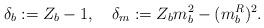
LaTeX: \begin{align*}\delta_b := Z_b - 1, \quad \delta_m := Z_b m_b^2 - (m_b^R)^2 .\end{align*}